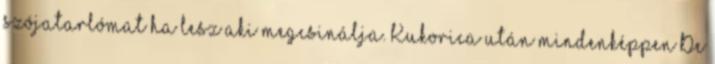
szójatarlómat ha lesz aki megcsinálja. Kukorica után mindenképpen De